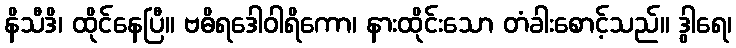
နိသီဒိ၊ ထိုင်နေပြီ။ ဗဓိရဒေါဝါရိကော၊ နားထိုင်းသော တံခါးစောင့်သည်။ ဒွါရေ၊